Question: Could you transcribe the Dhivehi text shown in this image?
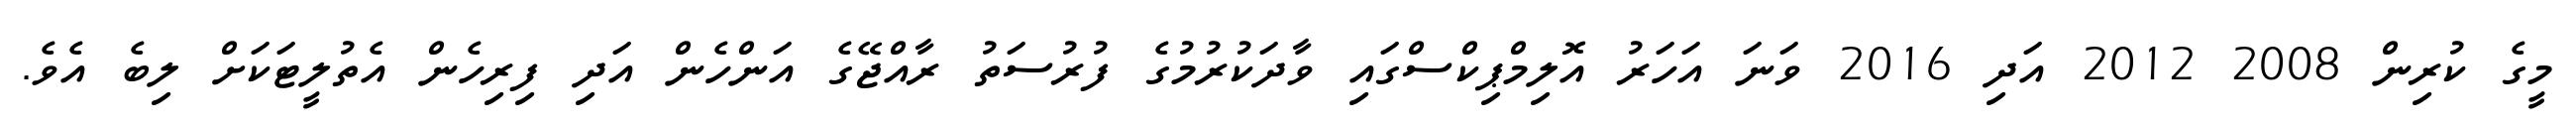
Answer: މީގެ ކުރިން 2008 2012 އަދި 2016 ވަނަ އަހަރު އޮލިމްޕިކްސްގައި ވާދަކުރުމުގެ ފުރުސަތު ރާއްޖޭގެ އަންހެން އަދި ފިރިހެން އެތުލީޓަކަށް ލިބެ އެވެ.